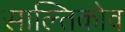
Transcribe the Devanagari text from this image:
साल्तिकोव